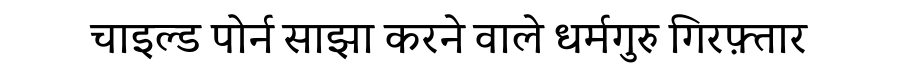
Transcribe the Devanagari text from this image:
चाइल्ड पोर्न साझा करने वाले धर्मगुरु गिरफ़्तार